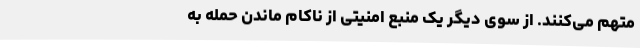
متهم می‌کنند. از سوی دیگر یک منبع امنیتی از ناکام ماندن حمله‌ به